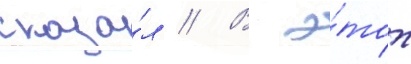
сказа́л // В э́тот